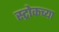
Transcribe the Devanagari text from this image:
स्ट्रोकच्या